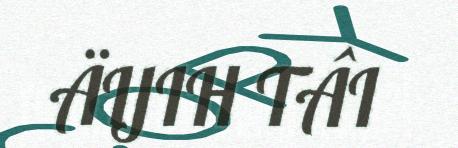
ÄIJIH TÂI